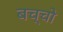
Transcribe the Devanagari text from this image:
बच्‍चो